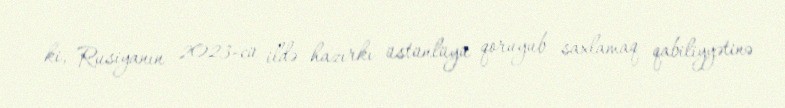
ki, Rusiyanın 2023-cü ildə hazırkı üstünlüyü qoruyub saxlamaq qabiliyyətinə